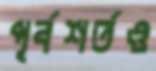
পূর্বশর্তও